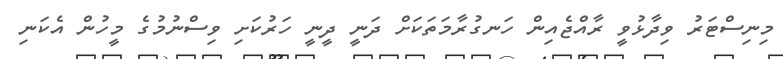
މިނިސްޓަރު ވިދާޅުވީ ރާއްޖެއިން ހަނގުރާމަތަކަށް ދަނީ ދީނީ ހަރުކަށި ވިސްނުމުގެ މީހުން އެކަނި